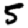
Digit: 5